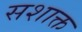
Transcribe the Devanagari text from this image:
सशाक्त